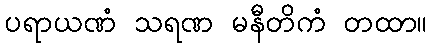
ပရာယဏံ သရဏ မနီတိကံ တထာ။